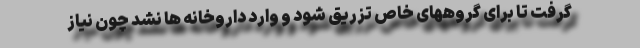
گرفت تا برای گروههای خاص تزریق شود و وارد داروخانه ها نشد چون نیاز